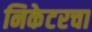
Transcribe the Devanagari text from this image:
निकेटरचा